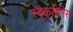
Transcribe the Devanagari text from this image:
स्पेकुलेरिस